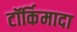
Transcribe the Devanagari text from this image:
टॉर्किमादा